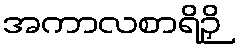
အကာလစာရိဉှိ